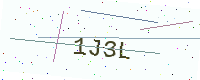
Text: 1J3L